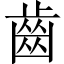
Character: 齒